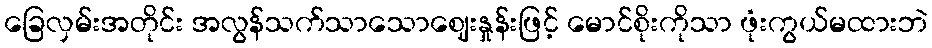
ခြေလှမ်းအတိုင်း အလွန်သက်သာသောဈေးနှုန်းဖြင့် မောင်စိုးကိုသာ ဖုံးကွယ်မထားဘဲ